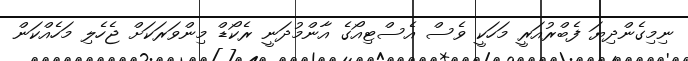
ނިމިގެންދިޔަ ފެބްރުއަރީ މަހަކީ ވެސް އެސްޓިއޯގެ އާންމުދަނީ ރެކޯޑް މިންވަރަކަށް ޖެހެލި މަހެއްކަން